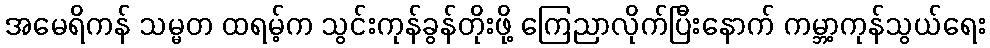
အမေရိကန် သမ္မတ ထရမ့်က သွင်းကုန်ခွန်တိုးဖို့ ကြေညာလိုက်ပြီးနောက် ကမ္ဘာ့ကုန်သွယ်ရေး